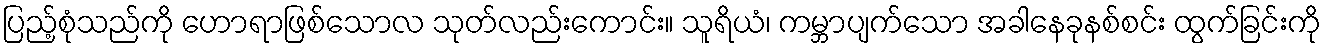
ပြည့်စုံသည်ကို ဟောရာဖြစ်သောလ သုတ်လည်းကောင်း။ သူရိယံ၊ ကမ္ဘာပျက်သော အခါနေခုနစ်စင်း ထွက်ခြင်းကို